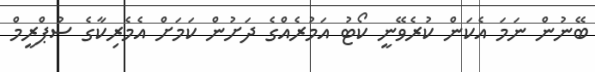
ބޭނުން ނަމަ އެކަން ކުރެވޭނީ ކޯޓު އަމުރެއްގެ ދަށުން ކަމަށް އެމެރިކާގެ ސުޕްރީމް